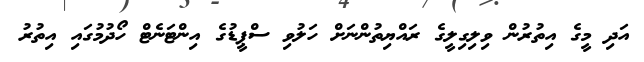
އަދި މީގެ އިތުރުން ވިލިގިލީގެ ރައްޔިތުންނަށް ހަލުވި ސްޕީޑުގެ އިންޓަނެޓް ހޯދުމުގައި އިތުރު